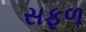
સફળ